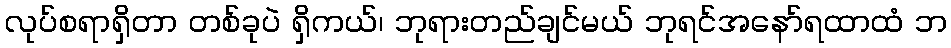
လုပ်စရာရှိတာ တစ်ခုပဲ ရှိကယ်၊ ဘုရားတည်ချင်မယ် ဘုရင်အနော်ရထာထံ ဘ